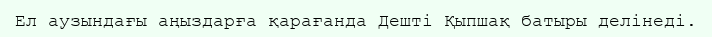
Ел аузындағы аңыздарға қарағанда Дешті Қыпшақ батыры делінеді.